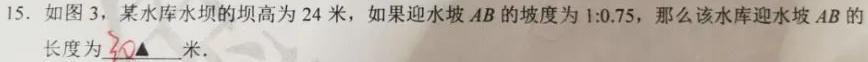
15. 如图 3，某水库水坝的坝高为 24 米，如果迎水坡$AB$的坡度为$1:0.75$，那么该水库迎水坡$AB$的长度为$\underline{30}$米．